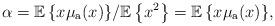
LaTeX: \begin{align*}\alpha = {{ \mathbb{E}}\left\{x\mu_{\rm a}(x)\right\}}/{{ \mathbb{E}}\left\{x^2\right\}}={{ \mathbb{E}}\left\{x\mu_{\rm a}(x)\right\}},\end{align*}